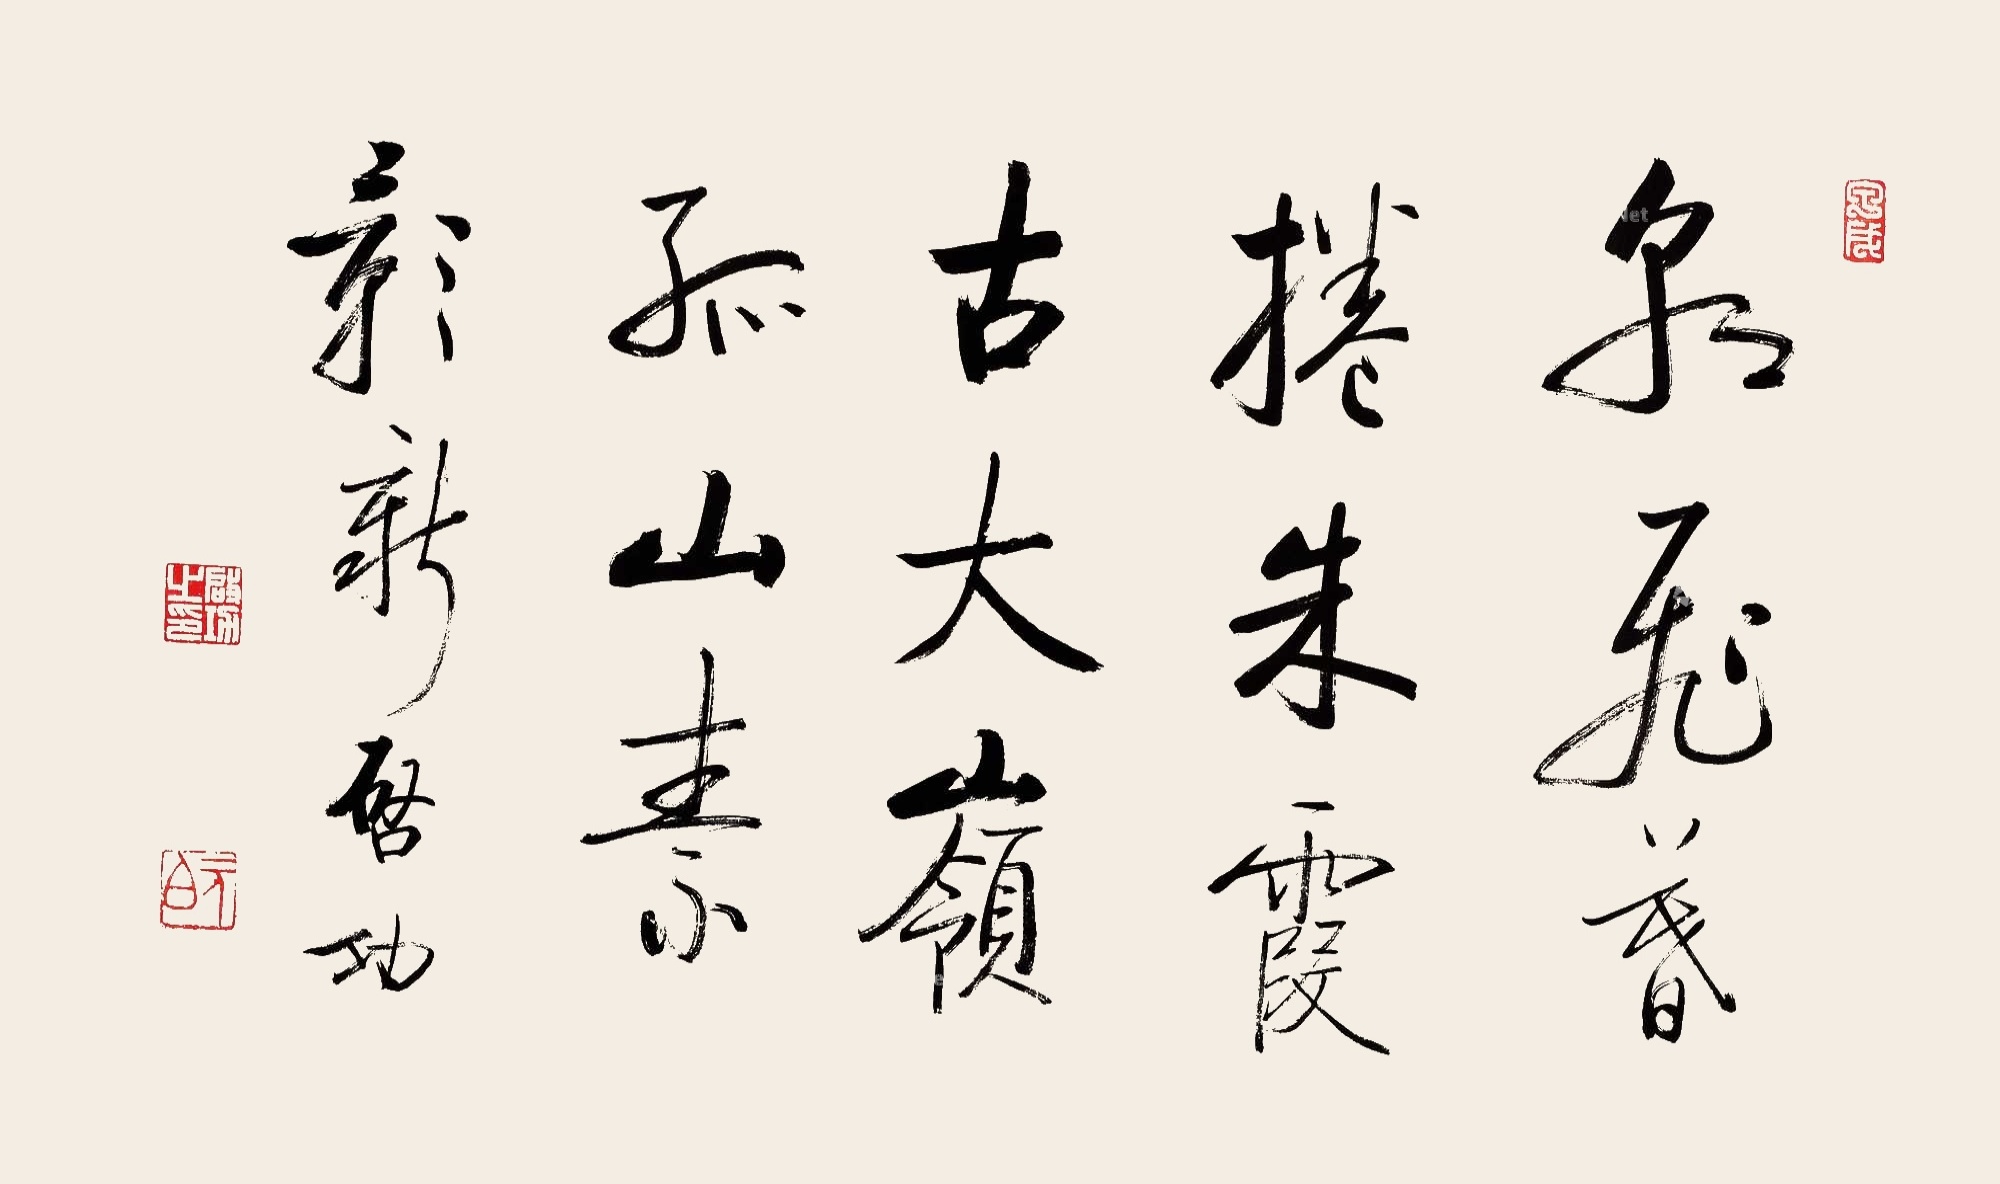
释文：朝飞暮卷朱霞古，大岭孤山素彰新。启功。